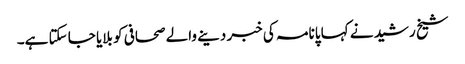
شیخ رشید نے کہا پانامہ کی خبر دینے والے صحافی کو بلایا جا سکتا ہے۔